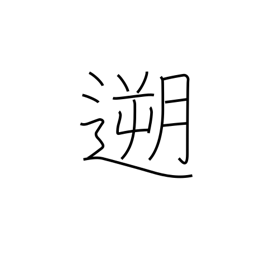
Meaning: go upstream